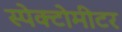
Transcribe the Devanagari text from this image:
स्पेक्टोमीटर